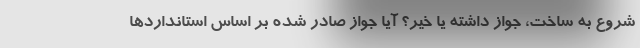
شروع به ساخت، جواز داشته یا خیر؟ آیا جواز صادر شده بر اساس استانداردها